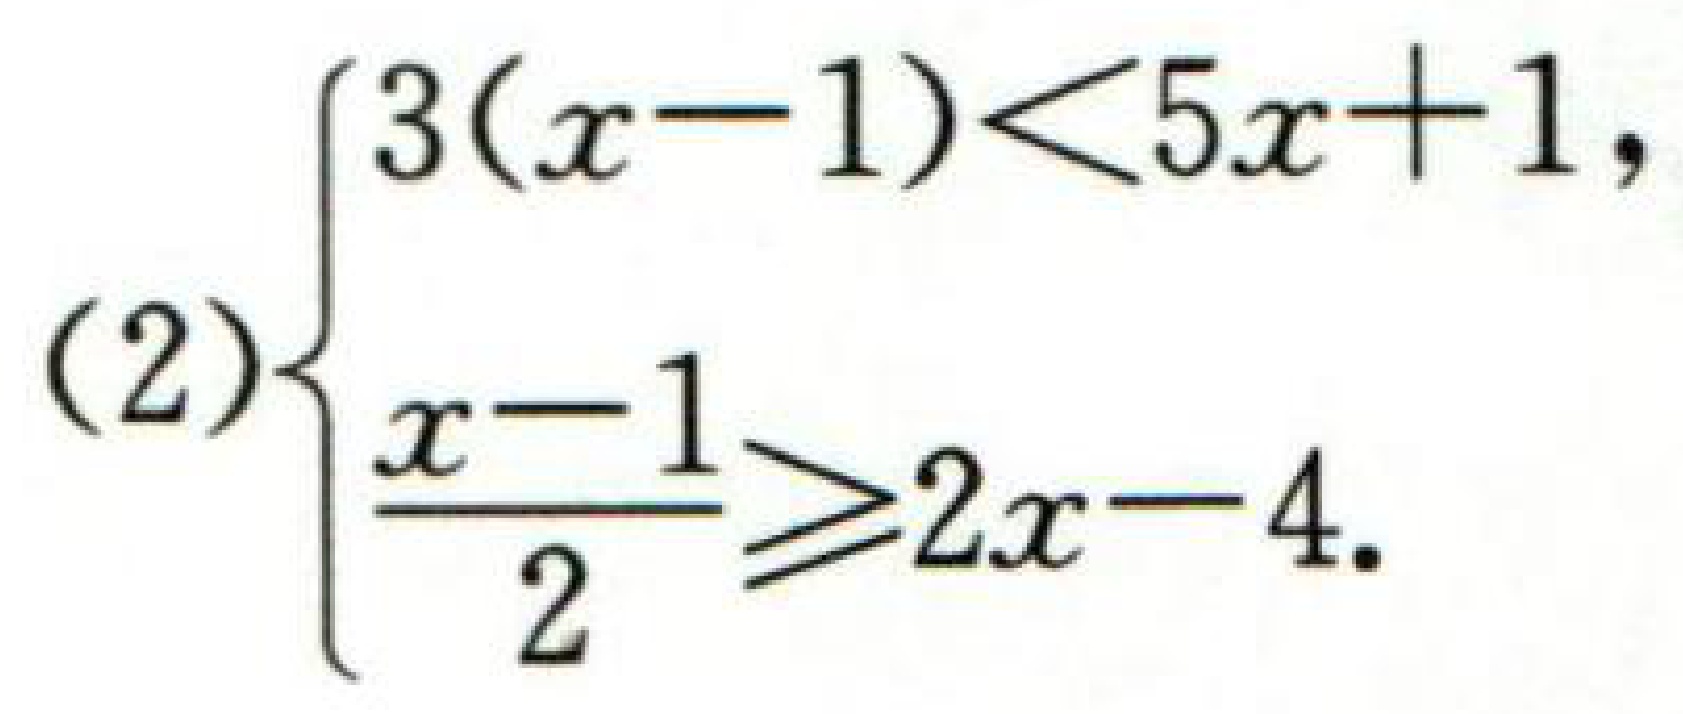
\[
(2)\left\{
\begin{array}{l}
3(x - 1) < 5x + 1\\
\frac{x - 1}{2} \geq 2x - 4
\end{array}
\right.
\]